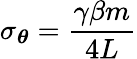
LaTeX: \sigma_{{\boldsymbol{\theta}}}=\frac{\gamma\beta m}{4L}